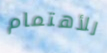
للأهتمام